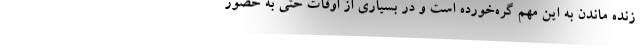
زنده ماندن به این مهم گره‌خورده است و در بسیاری از اوقات حتی به حضور